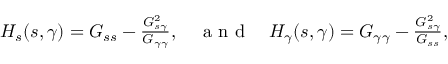
\begin{array} { r } { H _ { s } ( s , \gamma ) = G _ { s s } - \frac { G _ { s \gamma } ^ { 2 } } { G _ { \gamma \gamma } } , \quad \mathrm { ~ a ~ n ~ d ~ } \quad H _ { \gamma } ( s , \gamma ) = G _ { \gamma \gamma } - \frac { G _ { s \gamma } ^ { 2 } } { G _ { s s } } , } \end{array}